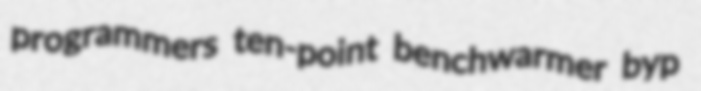
programmers ten-point benchwarmer byp